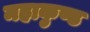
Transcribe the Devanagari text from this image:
महाकुण्ड